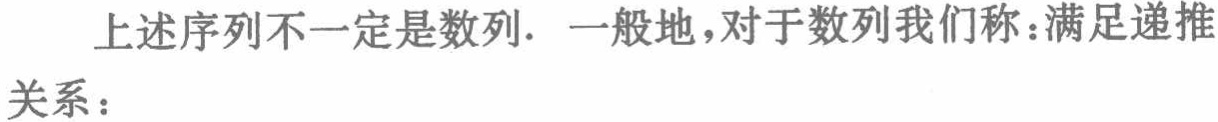
上述序列不一定是数列. 一般地，对于数列我们称：满足递推关系：